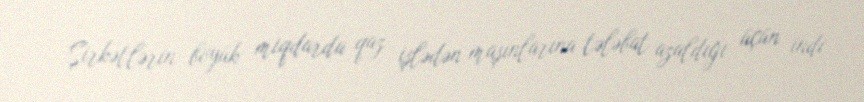
Şirkətlərin böyük miqdarda qaz işlədən maşınlarına tələbat azaldığı üçün indi